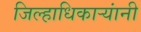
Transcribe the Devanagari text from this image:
जिल्हाधिकाऱ्यांनी